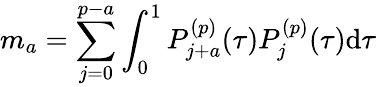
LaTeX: m_{a}=\sum_{j=0}^{p-a}\int_{0}^{1}P_{j+a}^{(p)}(\tau)P_{j}^{(p)}(\tau)\mathrm{d}\tau